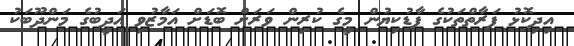
އިދިކޮޅު ފަރާތްތަކުގެ ފާޑުކިޔުން މީގެ ކުރިން ވަރަށް ބޮޑަށް އަމާޒުވި އަދީބުގެ މަންދޫބަކު